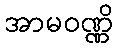
အာမဝဏ္ဏိ